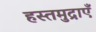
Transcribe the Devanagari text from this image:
हस्तमुद्राएँ